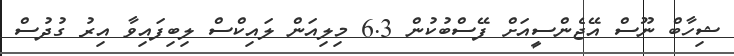
ޝިހާބް ނޫސް އޭޖެންސީއަށް ފޭސްބުކުން 6.3 މިލިއަން ލައިކްސް ލިބިފައިވާ އިރު ގުދުސް